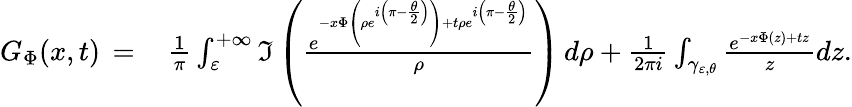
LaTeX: \begin{array}{rl}{G_{\Phi}(x,t)\, =\, }&{\frac{1}{\pi}\int_{\varepsilon}^{+\infty}\Im\left(\frac{e^{-x\Phi\left(\rho e^{i\left(\pi-\frac{\theta}{2}\right)}\right)+t\rho e^{i\left(\pi-\frac{\theta}{2}\right)}}}{\rho}\right)\, d\rho+\frac{1}{2\pi i}\int_{\gamma_{\varepsilon,\theta}}\frac{e^{-x\Phi(z)+tz}}{z}dz.}\end{array}